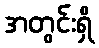
အတွင်းရှိ